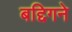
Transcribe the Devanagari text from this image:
बद्दिगने